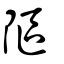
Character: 䧢